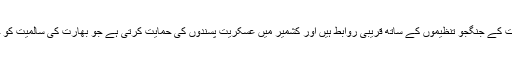
سرکاری اعلامیہ کے مطابق جماعت کے جنگجو تنظیموں کے ساتھ قریبی روابط ہیں اور کشمیر میں عسکریت پسندوں کی حمایت کرتی ہے جو بھارت کی سالمیت کو خطرے میں ڈالنے کے مترادف ہے۔